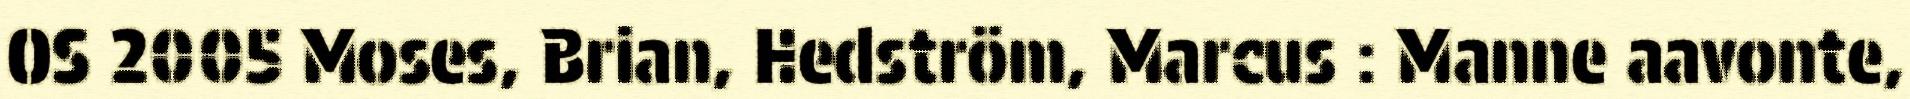
OS 2005 Moses, Brian, Hedström, Marcus : Manne aavonte,